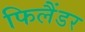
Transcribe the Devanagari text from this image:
फिलैंडर